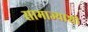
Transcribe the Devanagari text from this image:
सामाज्याशी